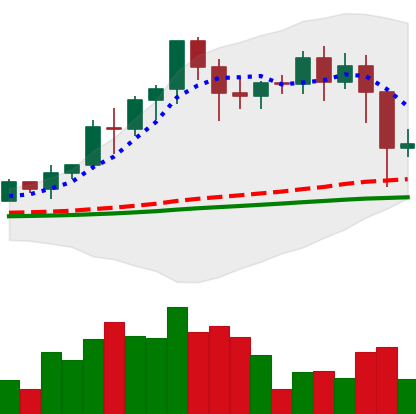
Ticker: EOS-USD
Chart end date: 2021-02-24
Forward return: -5.273%
Label: down_5_7